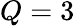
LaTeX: Q=3